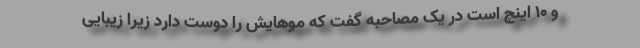
و ۱۰ اینچ است در یک مصاحبه گفت که موهایش را دوست دارد زیرا زیبایی